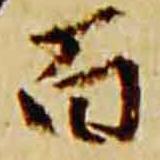
百